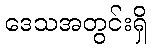
ဒေသအတွင်းရှိ